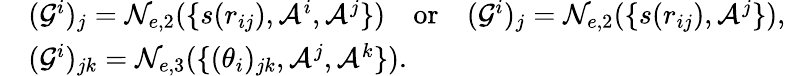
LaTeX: \begin{array}{rl}&{(\mathcal{G}^{i})_{j}=\mathcal{N}_{e,2}(\{ s(r_{ij}),\mathcal{A}^{i},\mathcal{A}^{j}\} )\quad\mathrm{or}\quad(\mathcal{G}^{i})_{j}=\mathcal{N}_{e,2}(\{ s(r_{ij}),\mathcal{A}^{j}\} ),}\\ &{(\mathcal{G}^{i})_{jk}=\mathcal{N}_{e,3}(\{ (\theta_{i})_{jk},\mathcal{A}^{j},\mathcal{A}^{k}\} ).}\end{array}